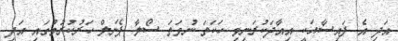
އަދި އެ ފައިސާއަކީ އިއާދަކުރަނިވި ހަކަތަ ނުވަތަ ސޯލާ ޕެނަލް ހަރުކުރުމުގައި އަދި